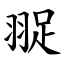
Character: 䎌